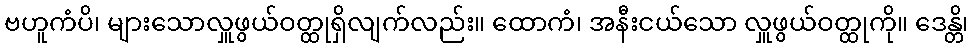
ဗဟူကံပိ၊ များသောလှူဖွယ်ဝတ္ထုရှိလျက်လည်း။ ထောကံ၊ အနီးငယ်သော လှူဖွယ်ဝတ္ထုကို။ ဒေန္တိ၊